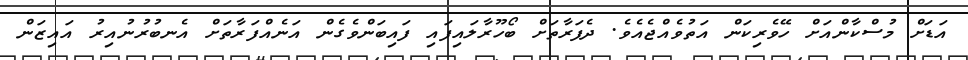
އަޑަށް މުސްކާންއަށް ހޭވެރިކަން އަތުވެއްޖެއެވެ. ދެފަރާތަށް ބޯހޫރާލައިފައި ފައިބަންވެގެން އަނެއްފަރާތަށް އެނބުރުނުއިރު އައިޒަން